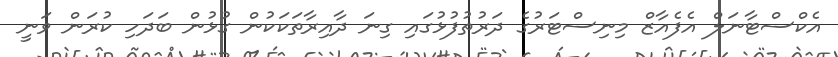
އެކްސްޓާނަލް އެފެއާޒް މިނިސްޓަރުގެ ދަރުތުފުޅުގައި ގިނަ ދާއިރާތަކަކުން ގުޅުން ބަދަހި ކުރަން ވަނީ